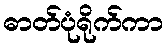
ဓာတ်ပုံရိုက်ကာ